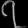
Digit: ၇